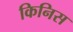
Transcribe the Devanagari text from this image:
किनिस